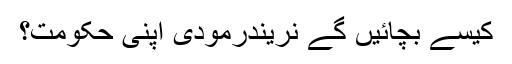
کیسے بچائیں گے نریندرمودی اپنی حکومت؟